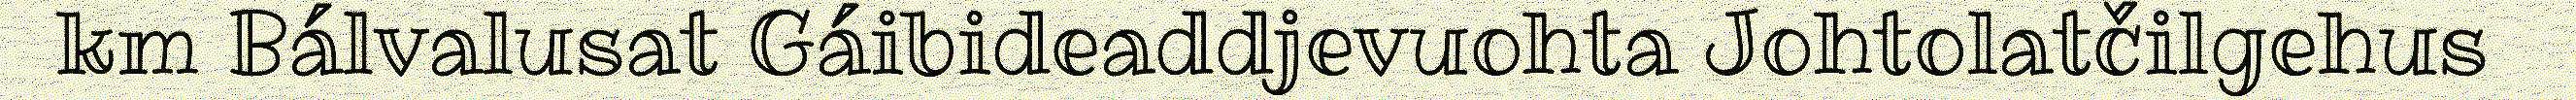
km Bálvalusat Gáibideaddjevuohta Johtolatčilgehus